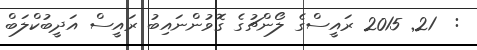
:  21